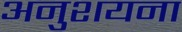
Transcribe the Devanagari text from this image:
अनुशयना